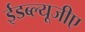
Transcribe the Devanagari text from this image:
ईडब्ल्यूजीए